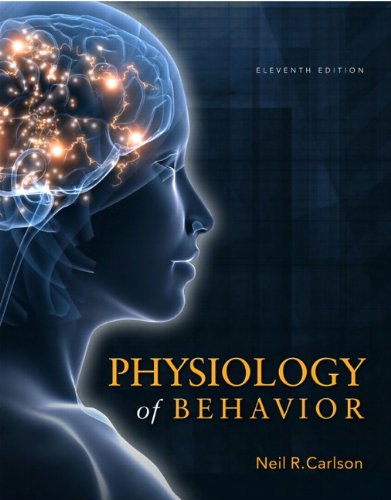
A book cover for Physiology of Behavior (11th Edition); Neil R. Carlson; Medical Books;